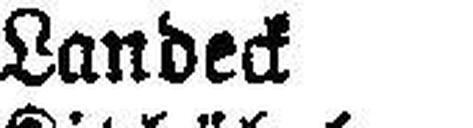
Landeck